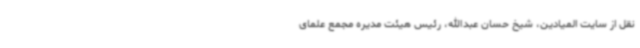
نقل از سایت المیادین، شیخ حسان عبدالله، رئیس هیئت مدیره مجمع علمای